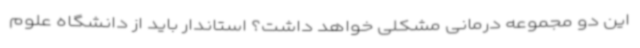
این دو مجموعه درمانی مشکلی خواهد داشت؟ استاندار باید از دانشگاه علوم